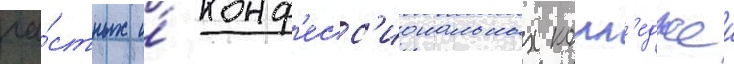
ча́стных и́ конф'есс'иональных колл'еджеи